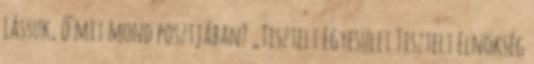
Lássuk, ő mit mond posztjában? „Tisztelt Egyesület Tisztelt Elnökség